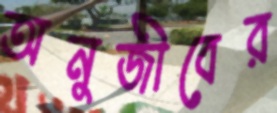
অনুজীবের